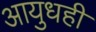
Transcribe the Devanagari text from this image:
आयुधही